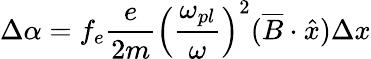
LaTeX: \Delta\alpha=f_{e}\frac{e}{2m}\left(\frac{\omega_{pl}}{\omega}\right)^{2}(\overline{{{B}}}\cdot\hat{x})\Delta x